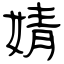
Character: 婧